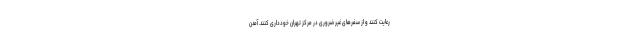
رعایت کنند و از سفر‌های غیر ضروری در مرکز تهران خودداری کنند. آمدن